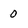
Character: 0